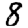
Digit: 8